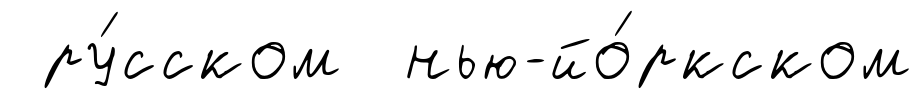
ру́сском нью-йо́ркском